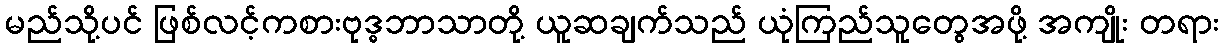
မည်သို့ပင် ဖြစ်လင့်ကစားဗုဒ္ဓဘာသာတို့ ယူဆချက်သည် ယုံကြည်သူတွေအဖို့ အကျိုး တရား